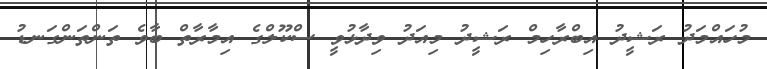
މުހައްމަދު ރަޝީދު އިބްރާހިމް ރަޝީދު މިއަދު ވިދާޅުވީ ސްކޫލްގެ އިމާރާތް ބާވެ ތަންތަންގަނޑު